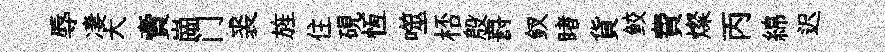
辱凄大賣崗门裘旌住硯恆噬桮殷罸釵睹貨鲛費燦丙綿迟